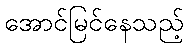
အောင်မြင်နေသည့်